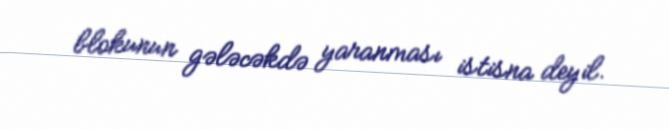
blokunun gələcəkdə yaranması istisna deyil.